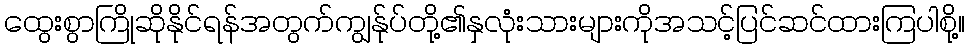
ထွေးစွာကြိုဆိုနိုင်ရန်အတွက်ကျွန်ုပ်တို့၏နှလုံးသားများကိုအသင့်ပြင်ဆင်ထားကြပါစို့။